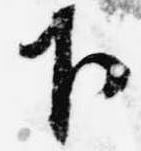
下